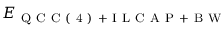
E _ { \mathrm { ~ Q ~ C ~ C ~ ( ~ 4 ~ ) ~ + ~ I ~ L ~ C ~ A ~ P ~ + ~ B ~ W ~ } }